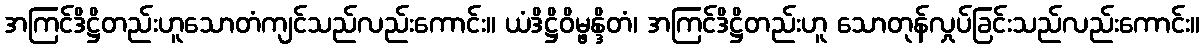
အကြင်ဒိဋ္ဌိတည်းဟူသောတံကျင်သည်လည်းကောင်း။ ယံဒိဋ္ဌိဝိမ္ဖန္ဒိတံ၊ အကြင်ဒိဋ္ဌိတည်းဟူ သောတုန်လှုပ်ခြင်းသည်လည်းကောင်း။